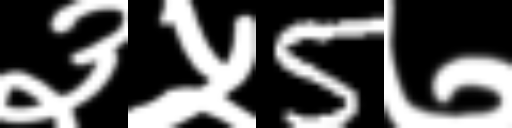
Text: ३५5७